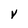
Character: V